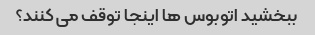
ببخشید اتوبوس ها اینجا توقف می کنند؟